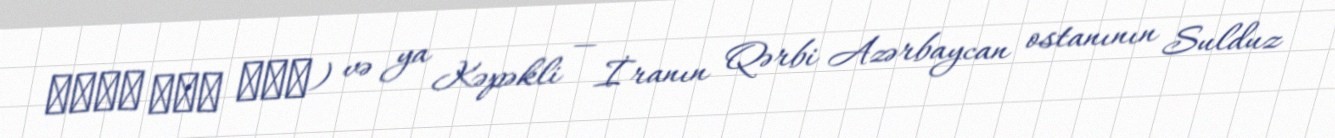
كاني مام سيد) və ya Kəpəkli — İranın Qərbi Azərbaycan ostanının Sulduz